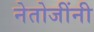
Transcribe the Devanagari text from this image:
नेतोजींनी